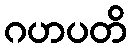
ဂဟပတိ